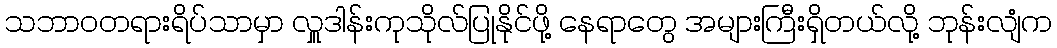
သဘာဝတရားရိပ်သာမှာ လှူဒါန်းကုသိုလ်ပြုနိုင်ဖို့ နေရာတွေ အများကြီးရှိတယ်လို့ ဘုန်းလျံက